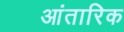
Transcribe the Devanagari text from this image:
आंतारिक